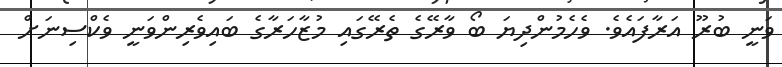
ވަނީ ބުރޫ އަރާފައެވެ. ވެހެމުންދިޔަ ބޯ ވާރޭގެ ތެރޭގައި މުޒާހަރާގެ ބައިވެރިންވަނީ ވެކްސިނަށް